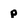
Character: p